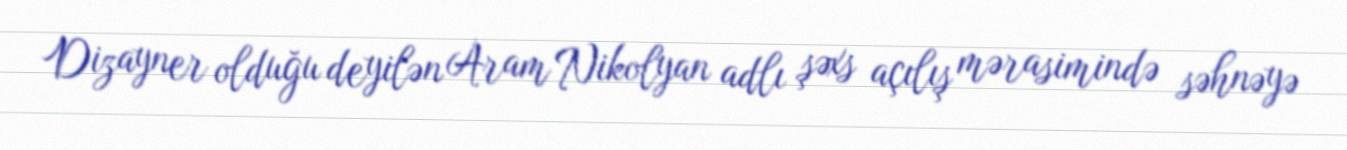
Dizayner olduğu deyilən Aram Nikolyan adlı şəxs açılış mərasimində səhnəyə